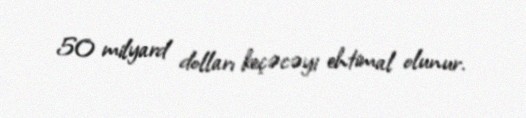
50 milyard dolları keçəcəyi ehtimal olunur.